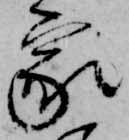
家